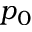
p _ { 0 }